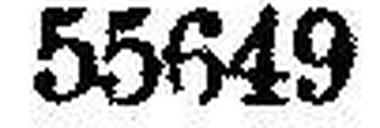
55649